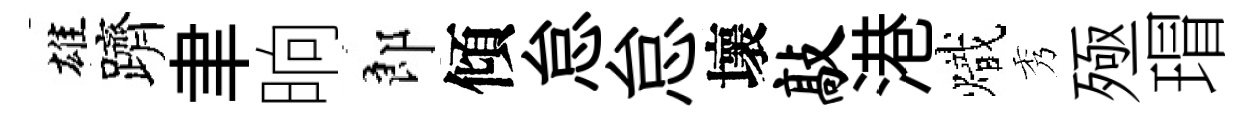
雄躋聿晌郎傾怠怠壞敲港熾秀殛瑁